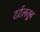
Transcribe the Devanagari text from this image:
टर्टलतुब